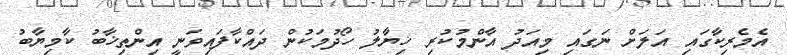
އެމެރިކާގައި އަލަށް ނަގައި މިއަދު އާންމުކުރި ޚިޔާލު ހޯދުމަކުން ދައްކާފައިވަނީ އިންތިޚާބު ކާމިޔާބު